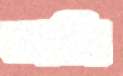
ভাটা